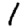
Digit: 1